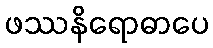
ဖဿနိရောဓာပေ